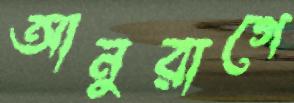
আনুরাগে